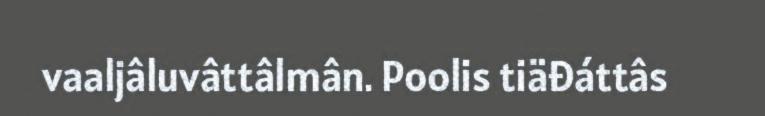
vaaljâluvâttâlmân. Poolis tiäđáttâs